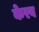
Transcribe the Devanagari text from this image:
केरव